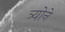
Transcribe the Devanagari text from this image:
त्र्योने